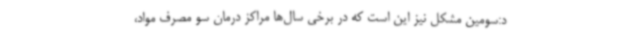
د:سومین مشکل نیز این است که در برخی سال‌ها مراکز درمان سو مصرف مواد،